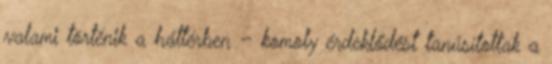
valami történik a háttérben – komoly érdeklődést tanúsítottak a